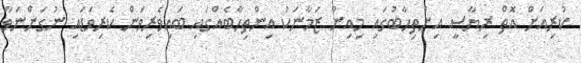
ކުރިއަށް އޮތް ރިޔާސީ އިންތިހާބުގައި މިއިން ޒަމާނަކު އިންތިހާބެއްގައި ބައިވެރިވަން ކެރިވަޑައި ނުގަންނަވާ